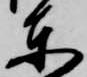
東